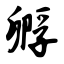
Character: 孵